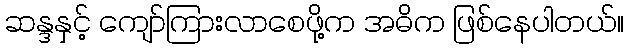
ဆန္ဒနှင့် ကျော်ကြားလာစေဖို့က အဓိက ဖြစ်နေပါတယ်။